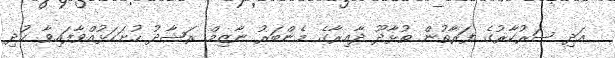
އަދި ސަރުކާރުގެ ފަރާތުން ތުޅާދޫ ދާއިރާގެ މެންބަރު ނާޒިމް ރަޝާދު ހުށަހަޅުއްވާފައިވާ ކުދި